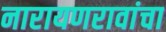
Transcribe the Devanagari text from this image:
नारायणरावांचा